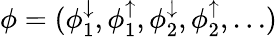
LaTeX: \phi=(\phi_{1}^{\downarrow},\phi_{1}^{\uparrow},\phi_{2}^{\downarrow},\phi_{2}^{\uparrow},\ldots)